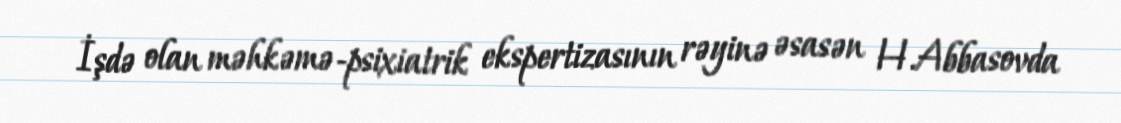
İşdə olan məhkəmə-psixiatrik ekspertizasının rəyinə əsasən H.Abbasovda